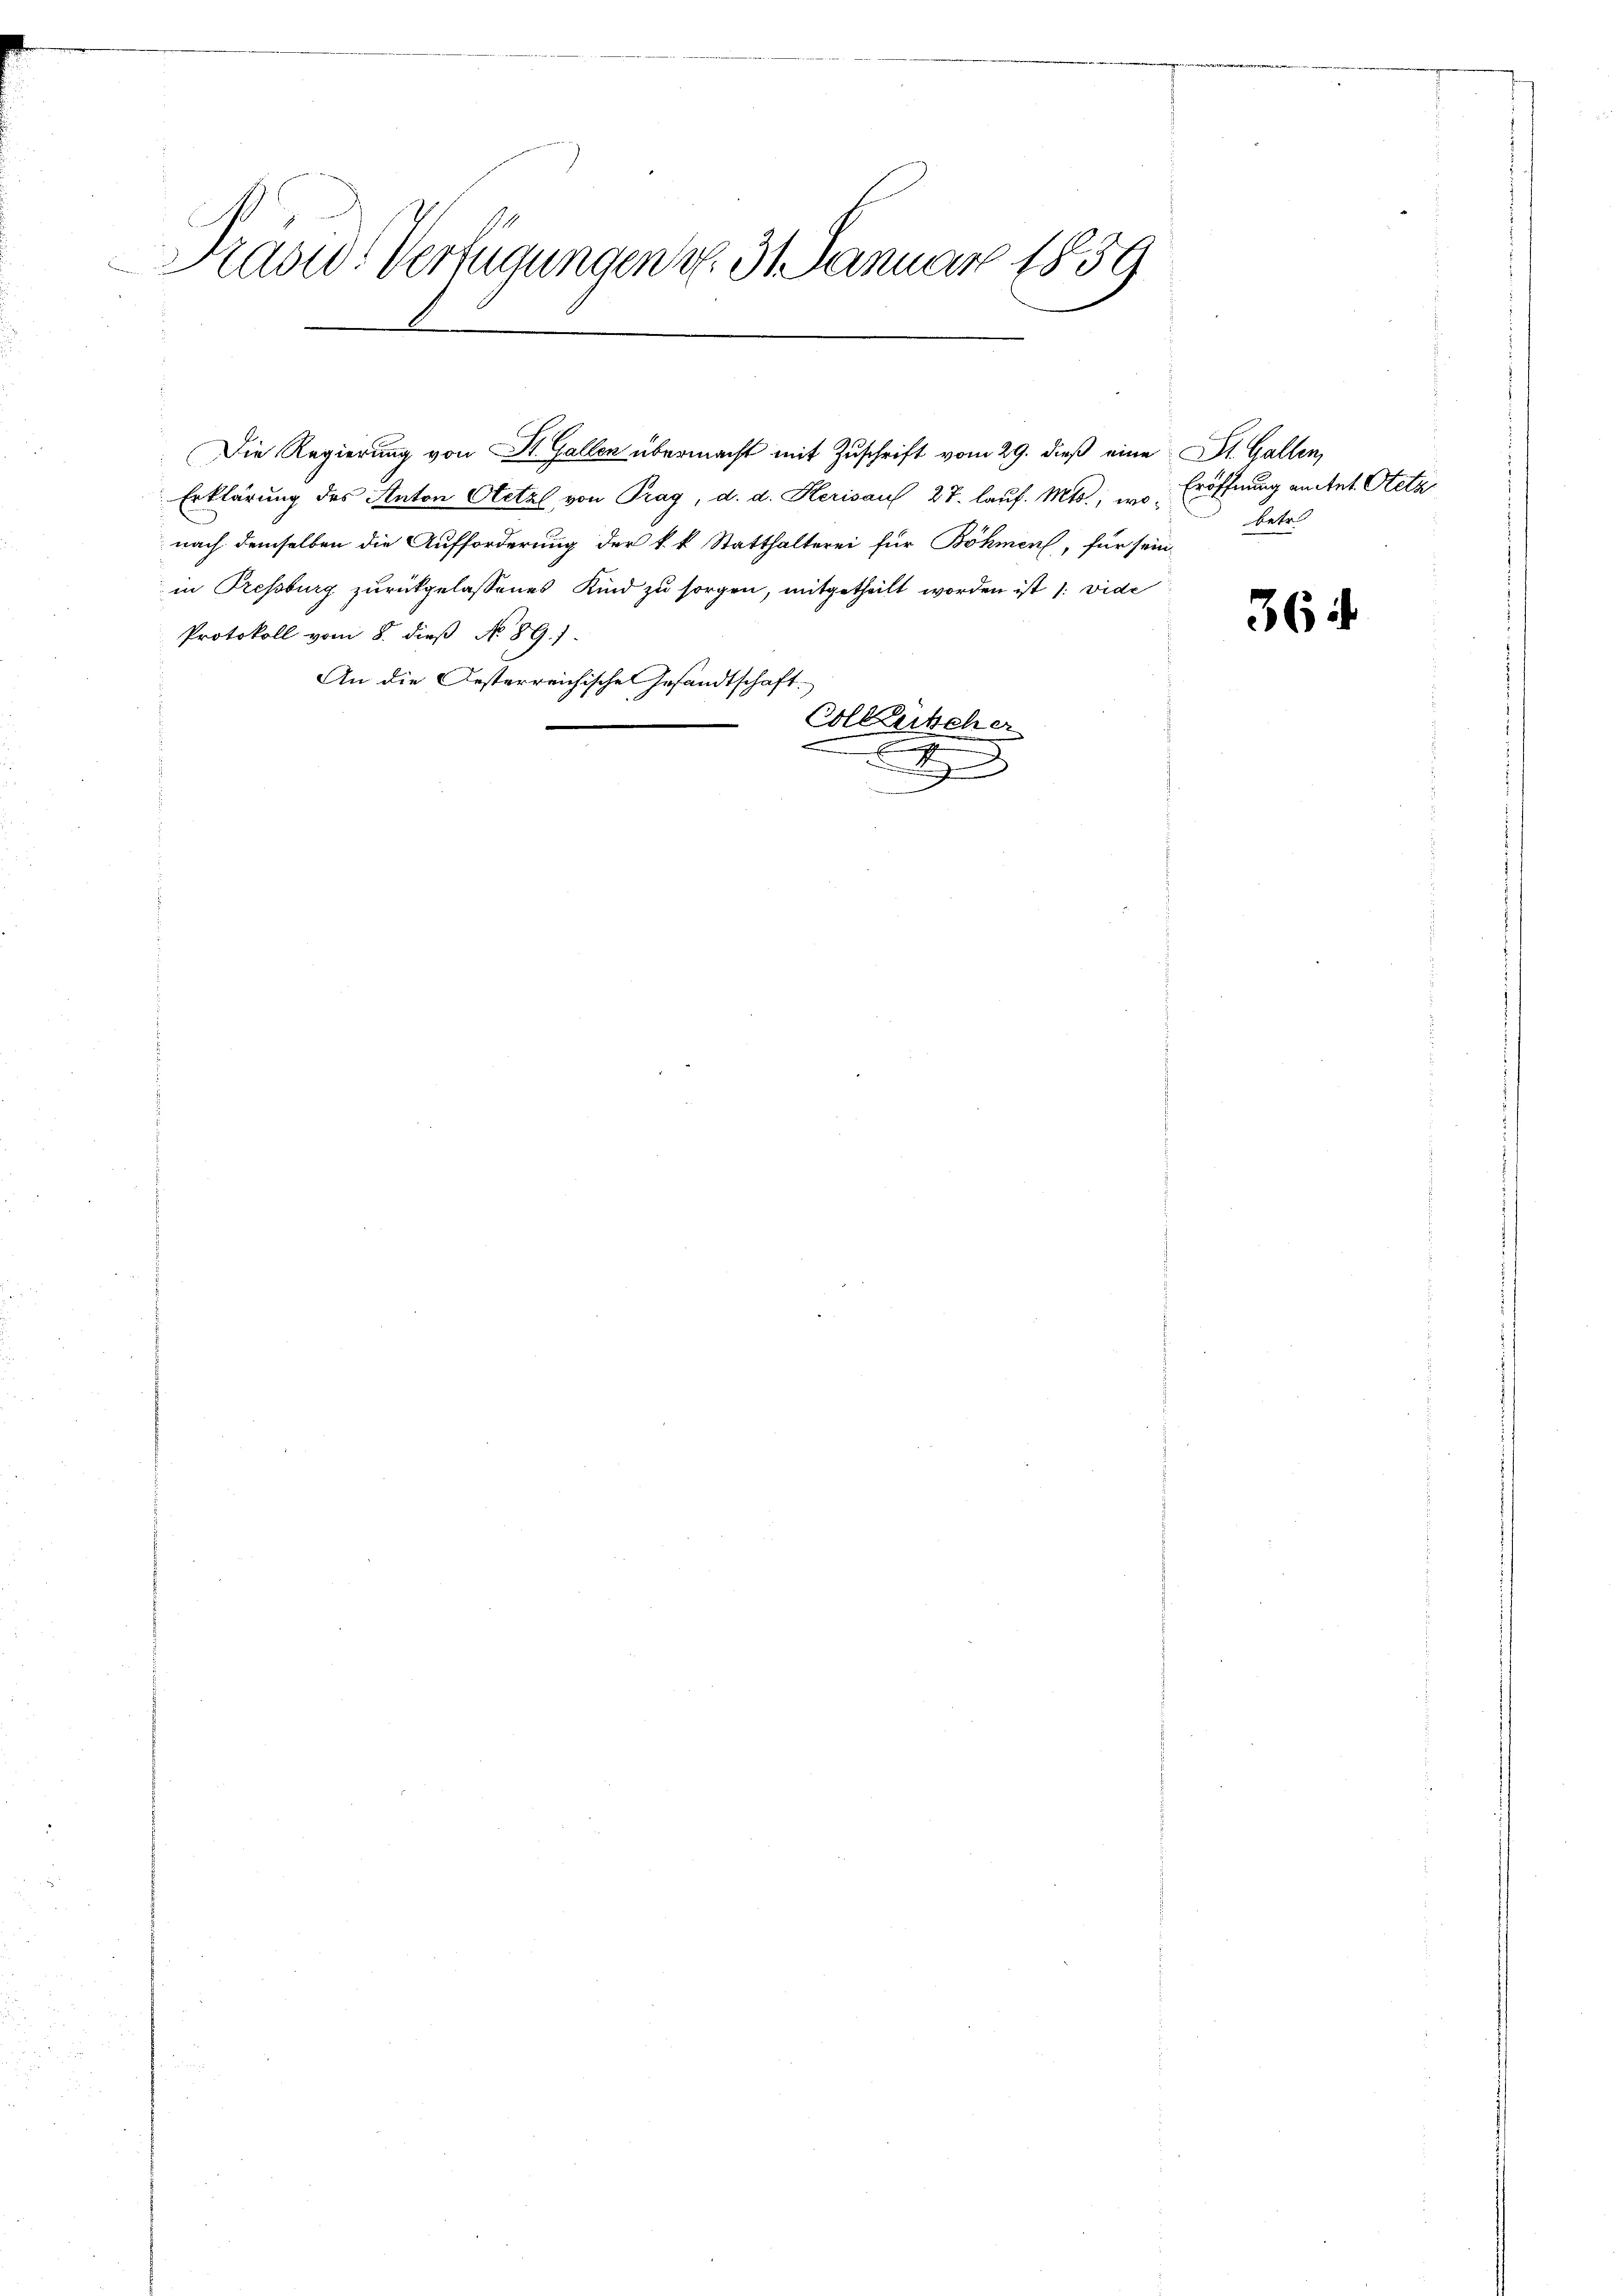
Präsid. Verfügungen d. 31. Januar 1859
e

Die Regierung von St. Gallen übermacht mit Zuschrift vom 29. dieß eine St. Gallen,
Erklärung des Anton Oetal, von Prag, d. d. Herisau 27. lauf. Mts., wonach demselben die Aufforderung der k. k. Statthalterei für Böhmen, für sein
in Pressburg zurückgelassenes Kind zu sorgen, mitgetheilt worden ist /: wide
Protokoll vom 8. dieß No 89.)
An die Gesterreichische Gesandtschaft.
Collerscher
A

Eröffnung anstet. Steta
betr.

364